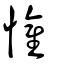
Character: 懽